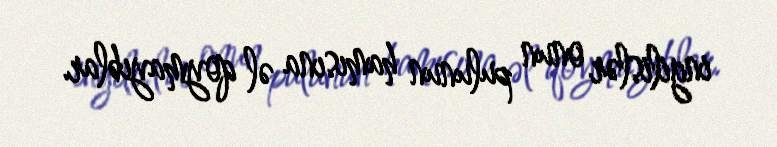
ingilislər onun pulunun hamısına əl qoymayıblar.